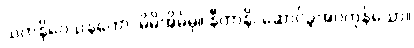
သကနိဝေသနတော၊ မိမိအိမ်မှ။ နီတာနိ၊ ဆောင်ခဲ့အပ်ကုန်သော။